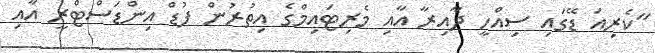
"ކެރިއަ ޑޭގައި ސިއްހީ ދާއިރާ އާއި މެރިޓައިމްގެ އިތުރުން ފުޑް އިންޑަސްޓްރީ އާއި